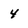
Character: 4